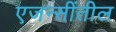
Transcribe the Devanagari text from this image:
एजन्सींतील